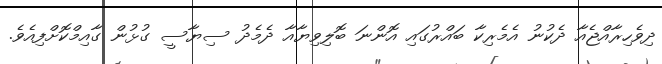
ދިވެހިރާއްޖެއާ ދެކުނު އެމެރިކާ ބައްރުގައި އޮންނަ ބޮލިވިޔާއާ ދެމެދު ސިޔާސީ ގުޅުން ގާއިމްކޮށްފިއެވެ.